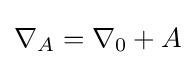
\nabla _{A}=\nabla _{0}+A